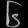
Digit: ၆